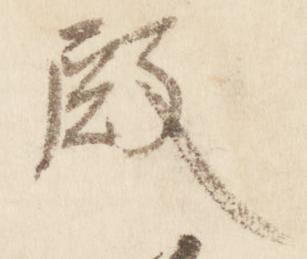
殿